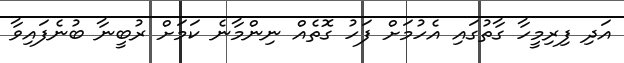
އަދި ފިރިމީހާ ގާތުގައި އެހުމަށް ފަހު ގޮތެއް ނިންމާނެ ކަމަށް ރުބީނާ ބުނެފައިވާ